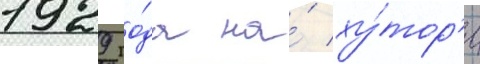
1929 го́да на́ ху́тор'е